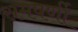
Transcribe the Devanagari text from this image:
समपर्णी